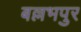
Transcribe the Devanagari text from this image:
बल्लभपुर